65_HS1-834228961_62-HQ-83894_Section_10
Agency: FBI
Page 52
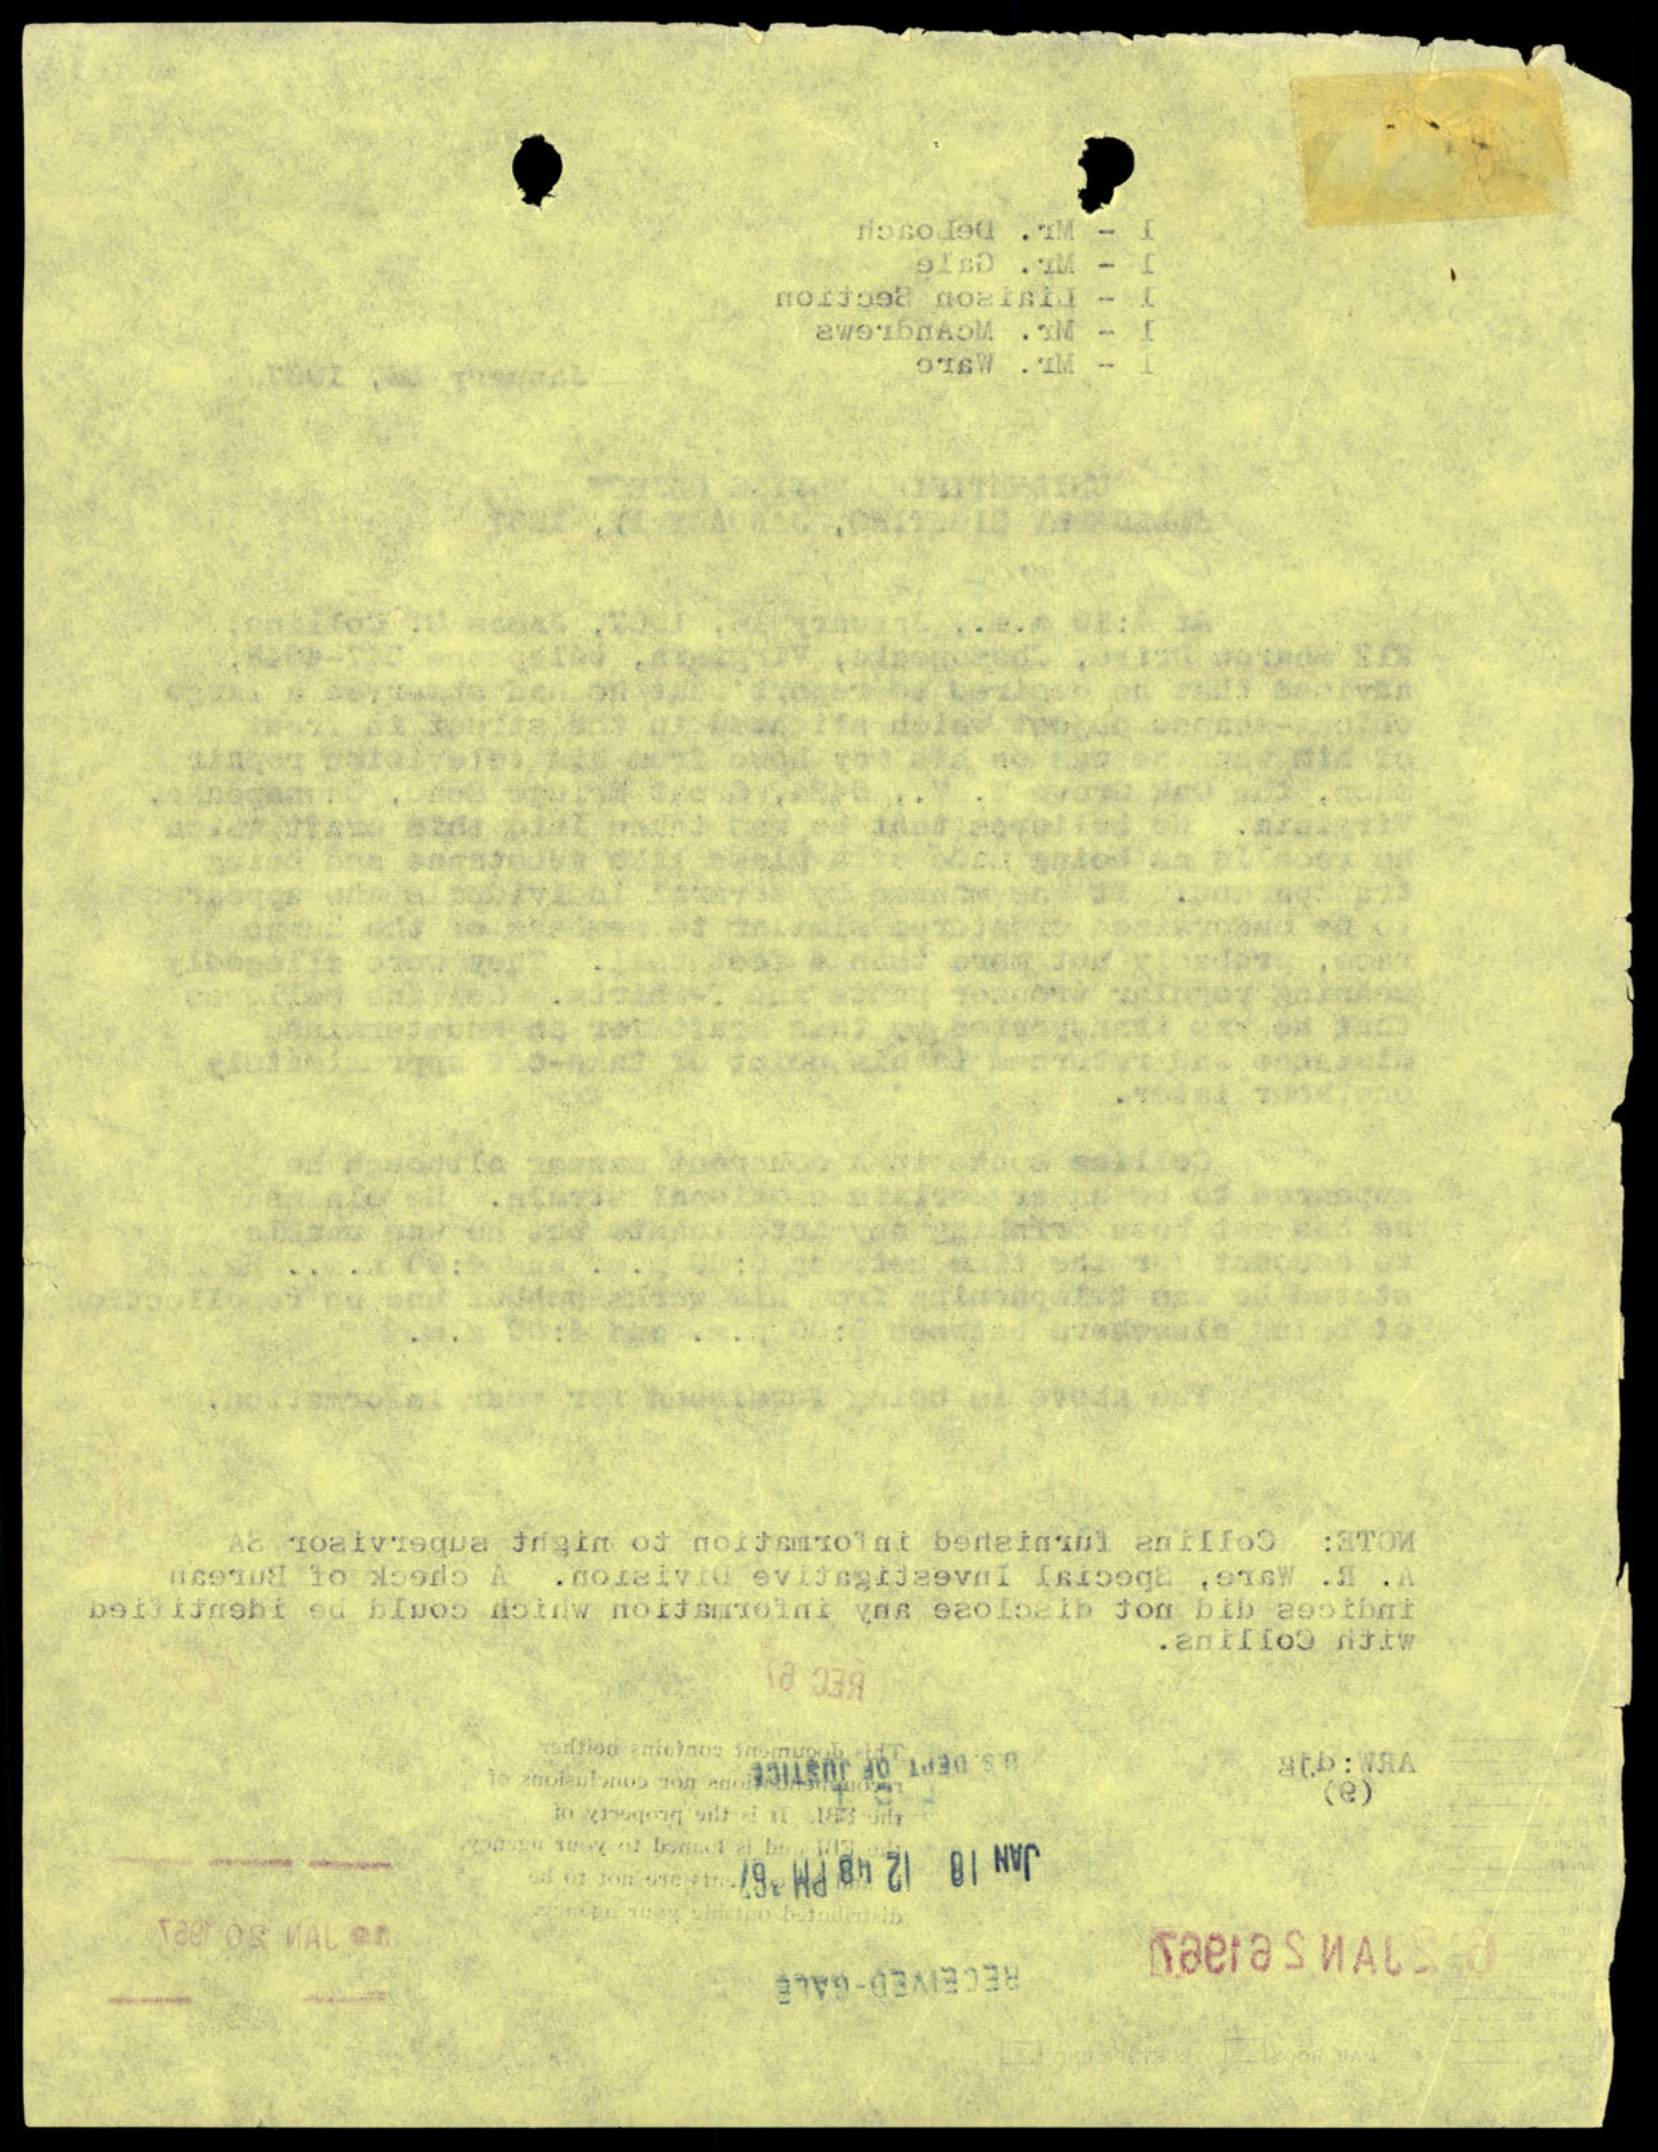